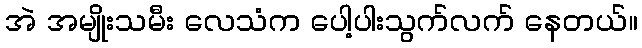
အဲ အမျိုးသမီး လေသံက ပေါ့ပါးသွက်လက် နေတယ်။